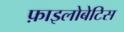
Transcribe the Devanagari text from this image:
फ़ाइलोबेटिस